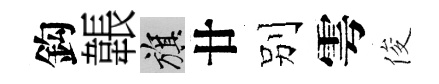
鈎韔旗廿别雩俊